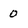
Character: 0